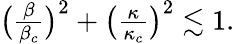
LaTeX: \begin{array}{r}{\big(\frac{\beta}{\beta_{c}}\big)^{2}+\big(\frac{\kappa}{\kappa_{c}}\big)^{2}\lesssim 1.}\end{array}